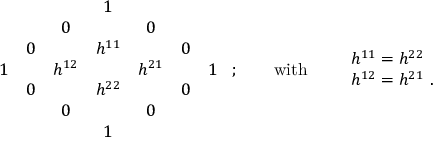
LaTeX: \begin{array} { c c c c c c c } { { } } & { { } } & { { } } & { { 1 } } & { { } } & { { } } & { { } } \\ { { } } & { { } } & { { 0 } } & { { } } & { { 0 } } & { { } } & { { } } \\ { { } } & { { 0 } } & { { } } & { { h ^ { 1 1 } } } & { { } } & { { 0 } } & { { } } \\ { { 1 } } & { { } } & { { h ^ { 1 2 } } } & { { } } & { { h ^ { 2 1 } } } & { { } } & { { 1 } } \\ { { } } & { { 0 } } & { { } } & { { h ^ { 2 2 } } } & { { } } & { { 0 } } & { { } } \\ { { } } & { { } } & { { 0 } } & { { } } & { { 0 } } & { { } } & { { } } \\ { { } } & { { } } & { { } } & { { 1 } } & { { } } & { { } } & { { } } \end{array} \ ; \qquad \mathrm { w i t h } \qquad \begin{array} { l } { { h ^ { 1 1 } = h ^ { 2 2 } } } \\ { { h ^ { 1 2 } = h ^ { 2 1 } \ . } } \end{array}